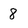
Character: 8